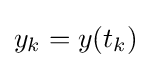
y_{k}=y(t_{k})